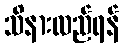
သိနားလည်ရန်